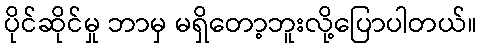
ပိုင်ဆိုင်မှု ဘာမှ မရှိတော့ဘူးလို့ပြောပါတယ်။